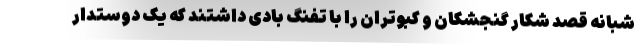
شبانه قصد شکار گنجشکان و کبوتران را با تفنگ بادی داشتند که یک دوستدار